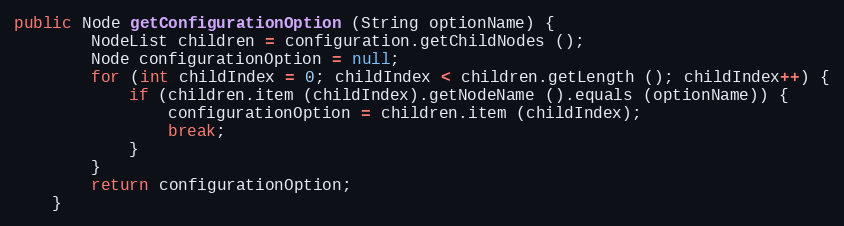
Language: Java
public Node getConfigurationOption (String optionName) {
		NodeList children = configuration.getChildNodes ();
		Node configurationOption = null;
		for (int childIndex = 0; childIndex < children.getLength (); childIndex++) {
			if (children.item (childIndex).getNodeName ().equals (optionName)) {
				configurationOption = children.item (childIndex);
				break;
			}
		}
		return configurationOption;
	}